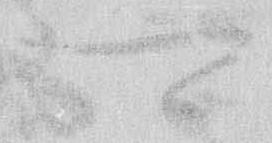
可